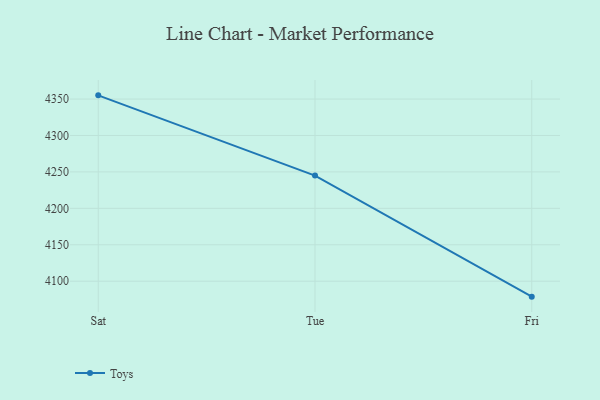
{"axis": {"x": "Day", "y": "Market Share (%)"}, "legend": ["Toys"], "data": [{"x": "Sat", "y": 4355.1, "type": "Toys"}, {"x": "Tue", "y": 4245.0, "type": "Toys"}, {"x": "Fri", "y": 4078.8, "type": "Toys"}]}